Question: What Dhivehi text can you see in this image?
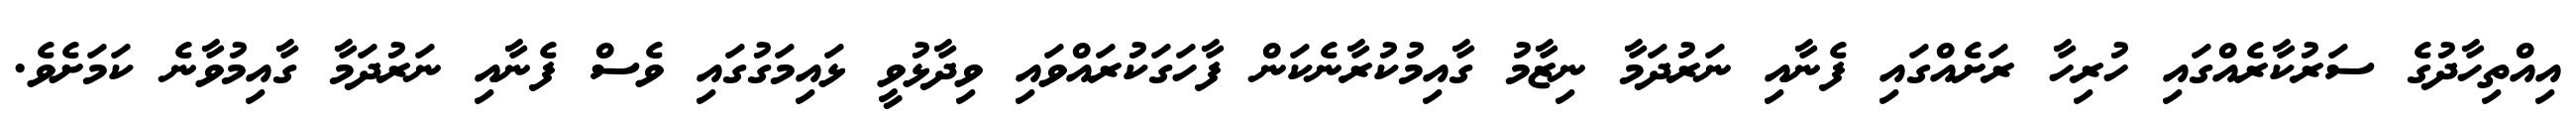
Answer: އިއްތިހާދުގެ ސަރުކާރެއްގައި ހުރިހާ ރަށެއްގައި ފެނާއި ނަރުދަމާ ނިޒާމު ގާއިމުކުރާނެކަން ފާހަގަކުރައްވައި ވިދާޅުވީ ޅައިމަގުގައި ވެސް ފެނާއި ނަރުދަމާ ގާއިމުވާނެ ކަމަށެވެ.